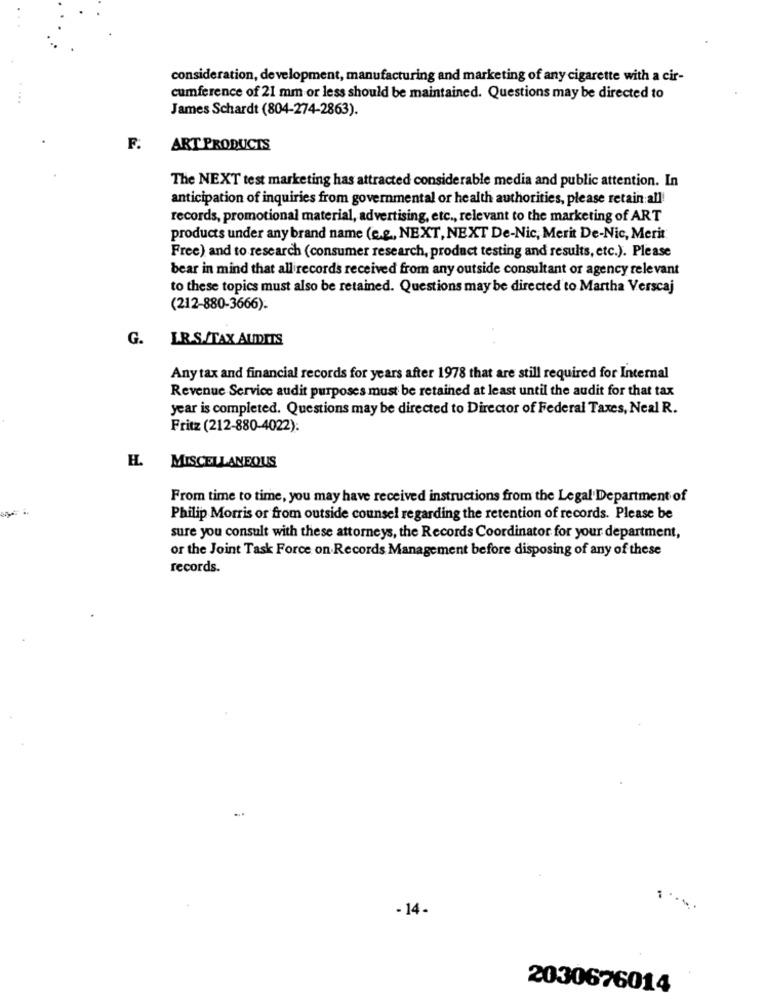
consideration, development, manufacturing and marketing of any cigarette with a cir-
cumference of 21 mm or less should be maintained. Questions may be directed to
James Schardt (804-274-2863).
F.
ART PRODUCTS
The NEXT test marketing has attracted considerable media and public attention. In
anticipation of inquiries from governmental or health authorities, please retain all
records, promotional material, advertising, etc ., relevant to the marketing of ART
products under any brand name (e.g ., NEXT, NEXT De-Nic, Merit De-Nic, Merit
Free) and to research (consumer research, product testing and results, etc.). Please
bear in mind that all records received from any outside consultant or agency relevant
to these topics must also be retained. Questions may be directed to Martha Verscaj
(212-880-3666).
G. LR.S. TAX AUDITS
Any tax and financial records for years after 1978 that are still required for Internal
Revenue Service audit purposes must be retained at least until the audit for that tax
year is completed. Questions may be directed to Director of Federal Taxes, Neal R.
Fritz (212-880-4022):
H. MISCELLANEOUS
From time to time, you may have received instructions from the Legal Department of
Philip Morris or from outside counsel regarding the retention of records. Please be
sure you consult with these attorneys, the Records Coordinator for your department,
or the Joint Task Force on Records Management before disposing of any of these
records.
- 14.
2030676014